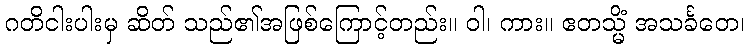
ဂတိငါးပါးမှ ဆိတ် သည်၏အဖြစ်ကြောင့်တည်း။ ဝါ၊ ကား။ ဧတသ္မိံ အသင်္ခတေ၊